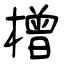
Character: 橧